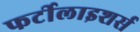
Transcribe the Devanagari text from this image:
फर्टीलाइशर्स